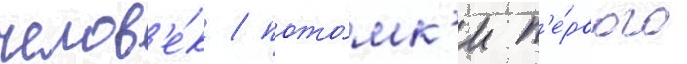
челов'е́к / пото́мк'и п'е́рвого